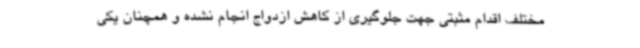
مختلف اقدام مثبتی جهت جلوگیری از کاهش ازدواج انجام نشده و همچنان یکی